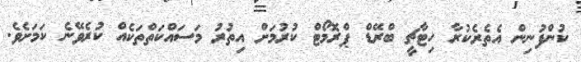
ކުންފުނިން އެތެރެކުރާ ހިޓާޗީ ބްރޭޑް ޕްރޮމޯޓް ކުރުމަށް އިތުރު މަސައްކަތްތަކެއް ކުރެވޭނެ ކަމަށެވެ.